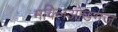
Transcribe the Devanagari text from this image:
मक्लिओडगंज